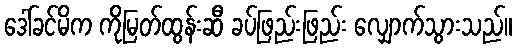
ဒေါ်ခင်မိက ကိုမြတ်ထွန်းဆီ ခပ်ဖြည်းဖြည်း လျှောက်သွားသည်။